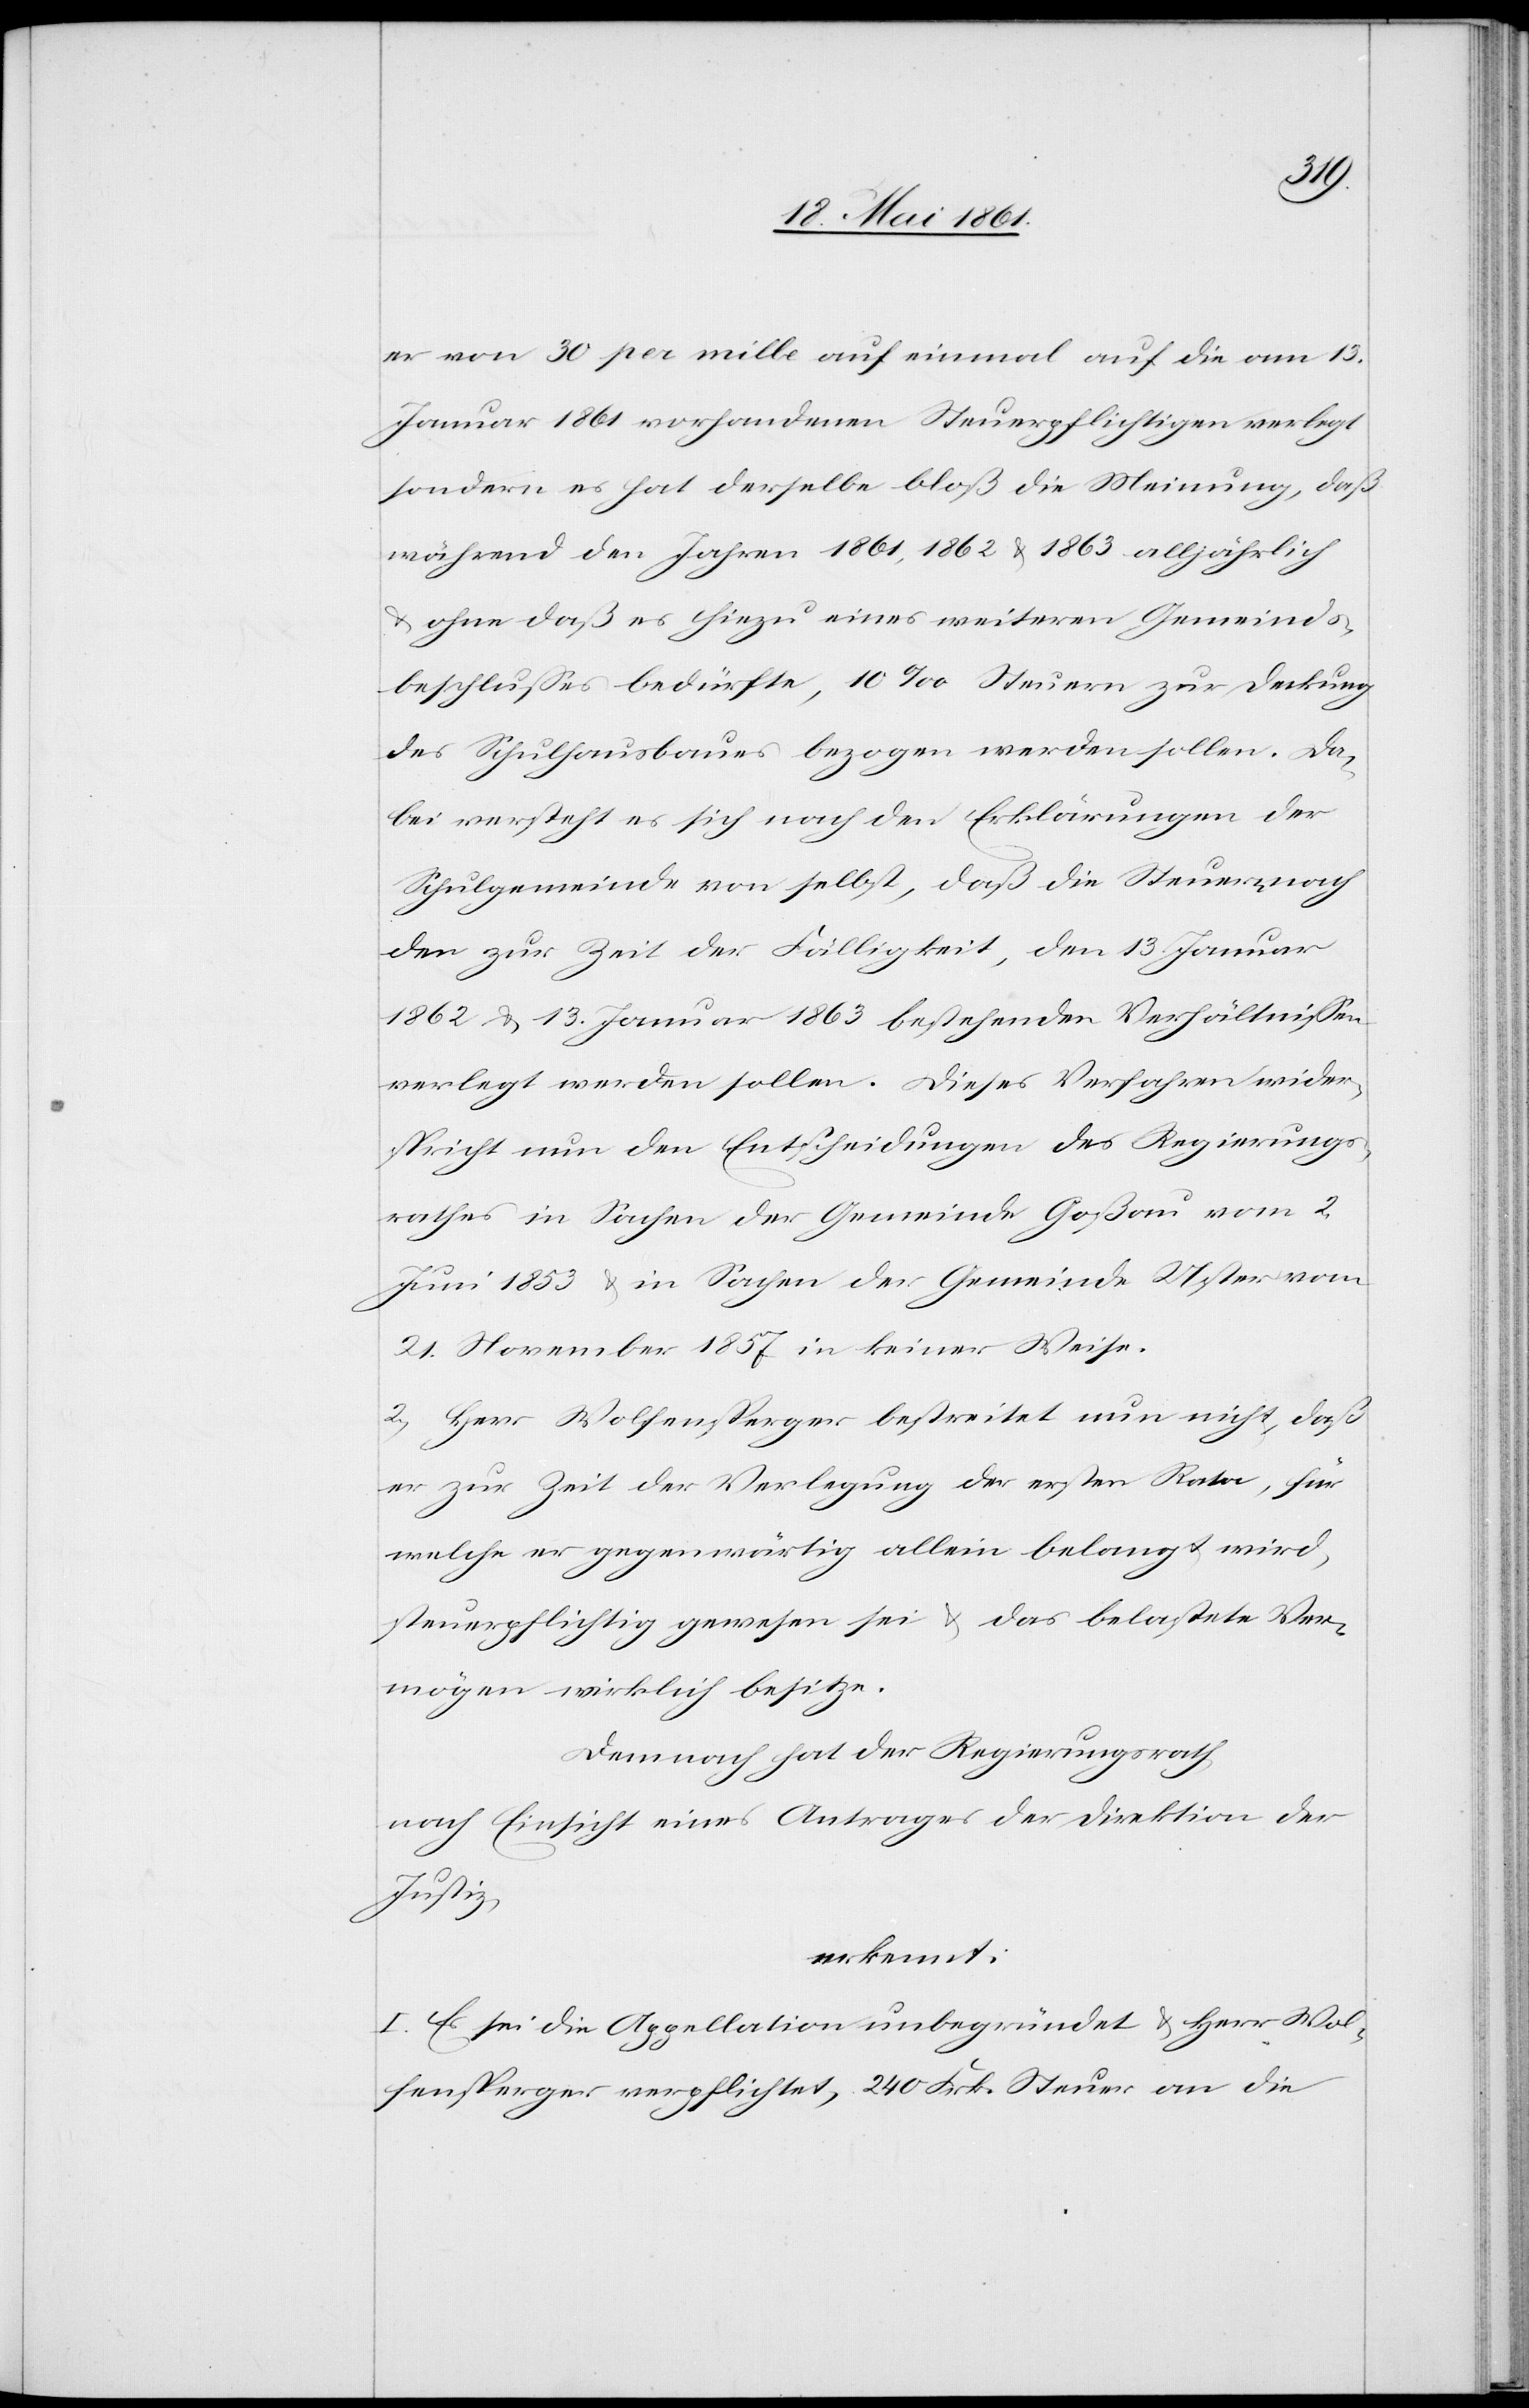
er von 30 per mille auf einmal auf die am 13.
Januar 1861 vorhandenen Steuerpflichtigen verlegt
sondern es hat derselbe bloß die Meinung, daß
während den Jahren 1861, 1862 u. 1863 alljährlich
u. ohne daß es hiezu eines weiteren Gemeinds¬
beschlusses bedürfte, 10‰ Steuern zur Deckung
des Schulhausbaues bezogen werden sollen. Da¬
bei versteht es sich nach den Erklärungen der
Schulgemeinde von selbst, daß die Steuern nach
den zur Zeit der Fälligkeit, dem 13. Januar
1862 u. 13. Januar 1863 bestehenden Verhältnissen
verlegt werden sollen. Dieses Verfahren wider¬
spricht nun den Entscheidungen des Regierungs¬
rathes in Sachen der Gemeinde Goßau vom 2.
Juni 1853 u. in Sachen der Gemeinde Uster vom
21. November 1857 in keiner Weise.
2) Herr Wolfensperger bestreitet nun nicht, daß
er zur Zeit der Verlegung der ersten Rata, für
welche er gegenwärtig allein belangt wird,
steuerpflichtig gewesen sei u. das belastete Ver¬
mögen wirklich besitze.
Demnach hat der Regierungsrath
nach Einsicht eines Antrages der Direktion der
Justiz,
erkennt:
I. Es sei die Appellation unbegründet u. Herr Wol¬
fensperger verpflichtet, 240 Frk. Steuer an die